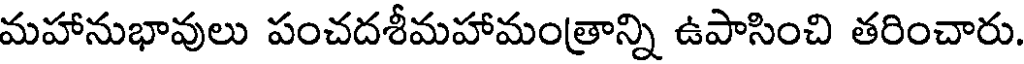
మహానుభావులు పంచదశీమహామంత్రాన్ని ఉపాసించి తరించారు.